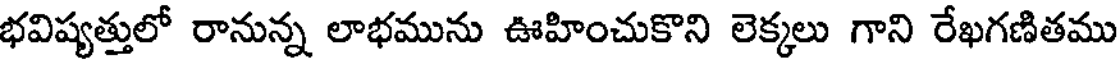
భవిష్యత్తులో రానున్న లాభమును ఊహించుకొని లెక్కలు గాని రేఖగణితము